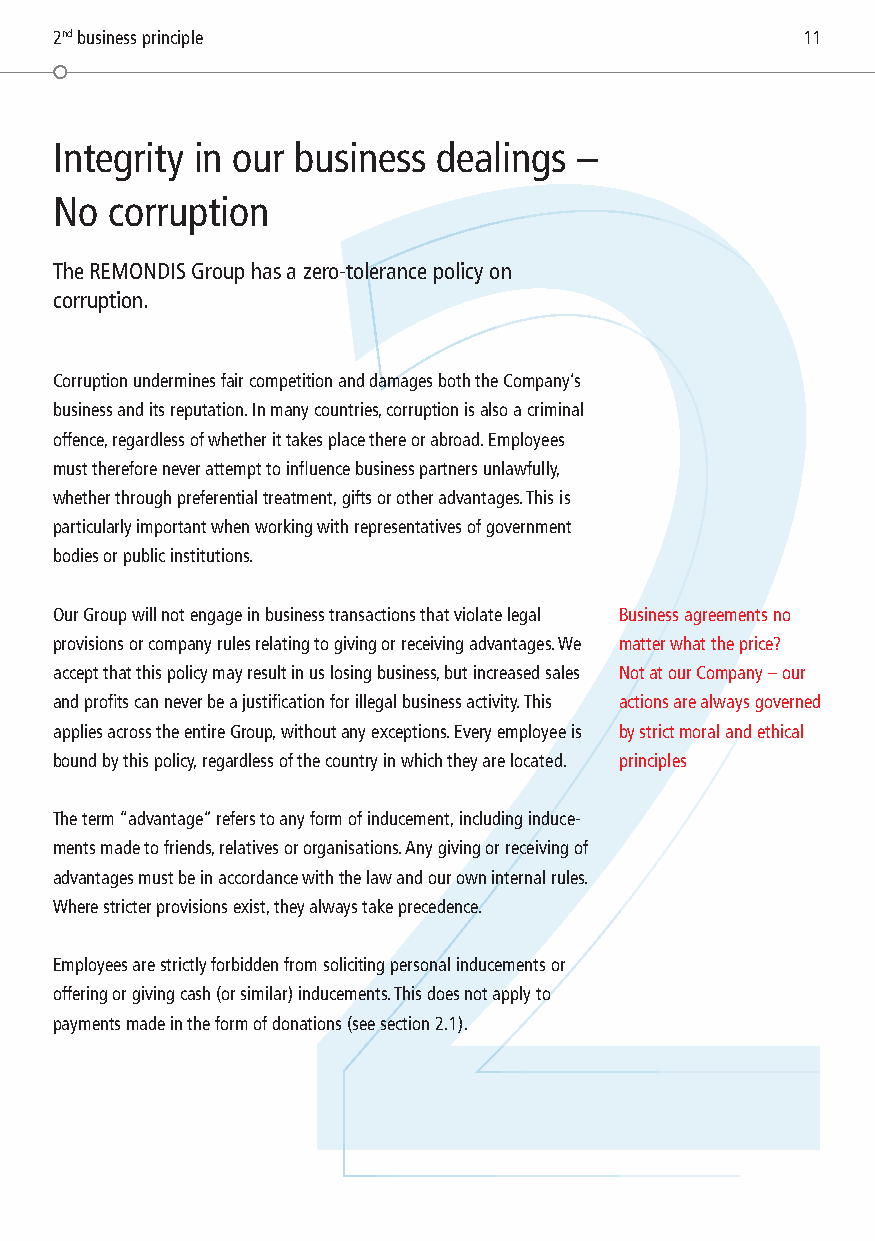
2nd business principle                           11
 2
 Integrity in our business dealings –
 No corruption
 The REMONDIS Group has a zero-tolerance policy on
 corruption.
 Corruption undermines fair competition and damages both the Company’s
 business and its reputation. In many countries, corruption is also a criminal
 offence, regardless of whether it takes place there or abroad. Employees
 must therefore never attempt to influence business partners unlawfully,
 whether through preferential treatment, gifts or other advantages. This is
 particularly important when working with representatives of government
 bodies or public institutions.
 Our Group will not engage in business transactions that violate legal Business agreements no
 provisions or company rules relating to giving or receiving advantages. We matter what the price?
 accept that this policy may result in us losing business, but increased sales Not at our Company – our
 and profits can never be a justification for illegal business activity. This actions are always governed
 applies across the entire Group, without any exceptions. Every employee is by strict moral and ethical
 bound by this policy, regardless of the country in which they are located. principles
 The term “advantage” refers to any form of inducement, including induce-
 ments made to friends, relatives or organisations. Any giving or receiving of
 advantages must be in accordance with the law and our own internal rules.
 Where stricter provisions exist, they always take precedence.
 Employees are strictly forbidden from soliciting personal inducements or
 offering or giving cash (or similar) inducements. This does not apply to
 payments made in the form of donations (see section 2.1).